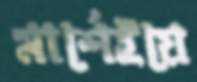
মার্শেইয়ে